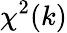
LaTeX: \chi^{2}(k)